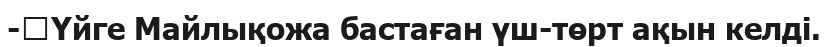
-	Үйге Майлықожа бастаған үш-төрт ақын келді.